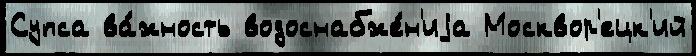
Супса ва́жность водоснабже́н'иjа Москвор'ецк'ий